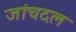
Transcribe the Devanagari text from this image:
जांचदल